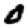
Digit: 0